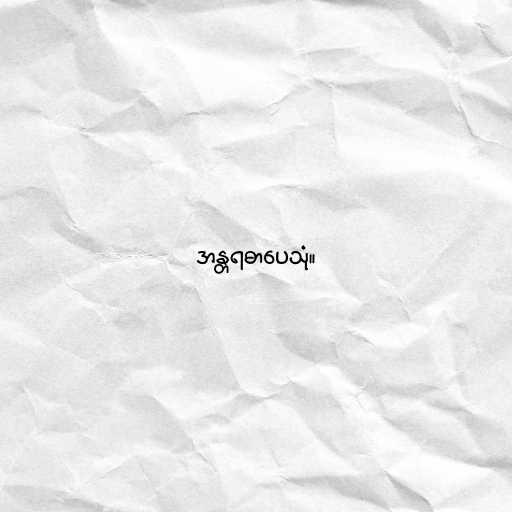
အန္တရဓာပေသုံ။